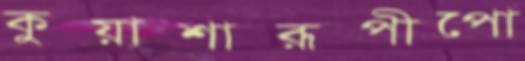
কুয়াশারূপীপো